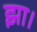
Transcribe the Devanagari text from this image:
झा।